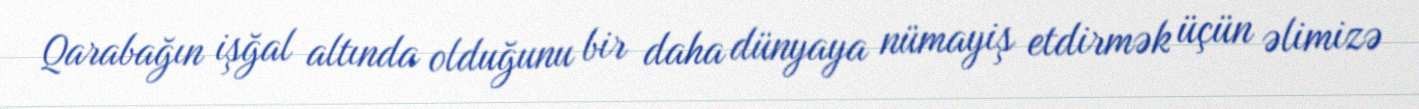
Qarabağın işğal altında olduğunu bir daha dünyaya nümayiş etdirmək üçün əlimizə